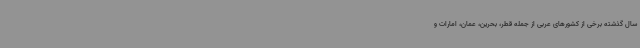
سال گذشته برخی از کشورهای عربی از جمله قطر، بحرین، عمان، امارات و